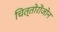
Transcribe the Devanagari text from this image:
चित्तोरोंजोन